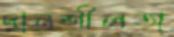
দানশীলতা